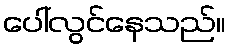
ပေါ်လွင်နေသည်။